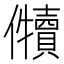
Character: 𱏡